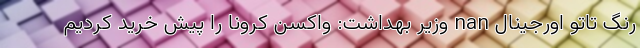
رنگ تاتو اورجینال nan وزیر بهداشت: واکسن کرونا را پیش خرید کردیم